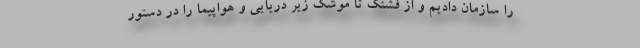
را سازمان دادیم و از فشنگ تا موشک زیر دریایی و هواپیما را در دستور